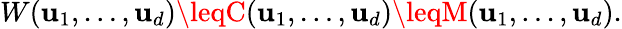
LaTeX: W(\mathbf{u}_{1},\dots,\mathbf{u}_{d})\leqC(\mathbf{u}_{1},\dots,\mathbf{u}_{d})\leqM(\mathbf{u}_{1},\dots,\mathbf{u}_{d}).